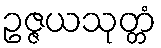
ဥဇ္ဇယသုတ္တံ